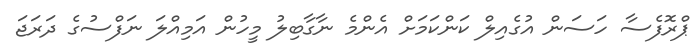
ޕްރޮފެސާ ހަސަން އުގެއިލް ކަންކަމަށް އެންމެ ނާގާބިލު މީހުން އަމިއްލަ ނަފްސުގެ ދަރަޖަ